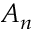
A _ { n }